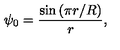
\psi _ { 0 } = \frac { \sin \left( \pi r / R \right) } { r } ,